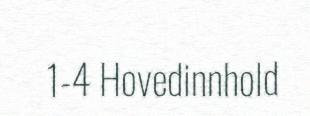
1-4 Hovedinnhold